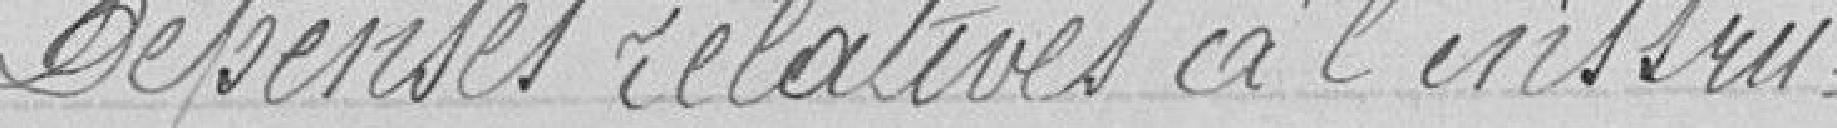
Dépenses relatives à l'instru